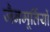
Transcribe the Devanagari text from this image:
जैनमूर्तियों